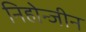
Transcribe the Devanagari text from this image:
निहोन्जीन